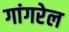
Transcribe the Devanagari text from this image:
गांगरेल